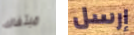
مبتغاك إرسل